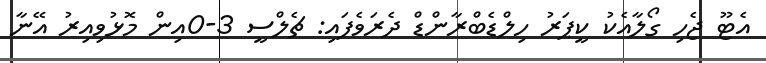
އެޓޫ ޖެހި ގޯލާއެކު ކީޕަރު ހިލްޑެބްރާންޑް ދެރަވެފައި: ޗެލްސީ 3-0އިން މޮޅުވިއިރު އޭނާ